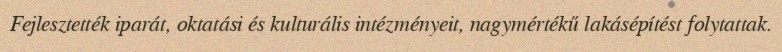
Fejlesztették iparát, oktatási és kulturális intézményeit, nagymértékű lakásépítést folytattak.